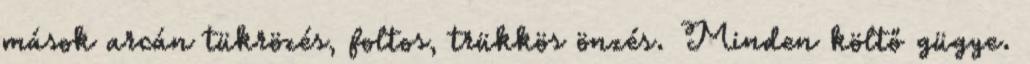
mások arcán tükrözés, foltos, trükkös önzés. Minden költő gügye.